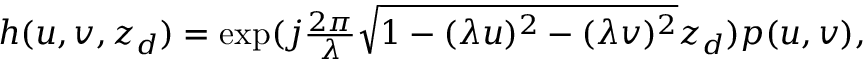
\begin{array} { r } { h ( u , v , z _ { d } ) = \exp ( j \frac { 2 \pi } { \lambda } \sqrt { 1 - ( \lambda u ) ^ { 2 } - ( \lambda v ) ^ { 2 } } z _ { d } ) p ( u , v ) , } \end{array}